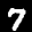
Label: 7